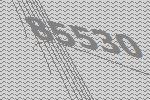
85530